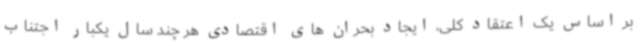
بر اساس یک اعتقاد کلی، ایجاد بحران های اقتصادی هر چند سال یکبار اجتناب